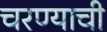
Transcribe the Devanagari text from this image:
चरण्याची